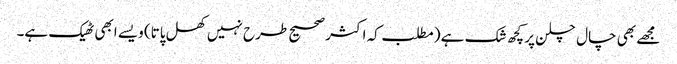
مجھے بھی چال چلن پر کچھ شک ہے (مطلب کہ اکثر صحیح طرح نہیں‌کھل پاتا) ویسے ابھی ٹھیک ہے۔